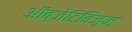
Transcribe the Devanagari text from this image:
ऑब्जेटिविज़्म